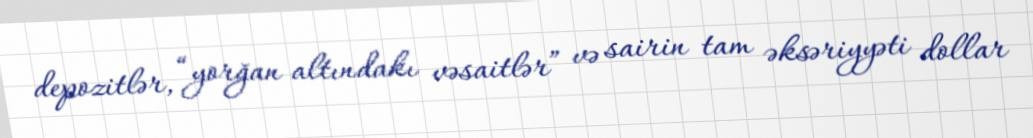
depozitlər, “yorğan altındakı vəsaitlər” və sairin tam əksəriyyəti dollar